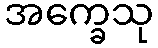
အက္ခေသု